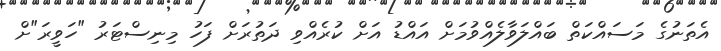
އެތަނުގެ މަސައްކަތް ބައްލަވާލެއްވުމަށް އައްޑު އަށް ކުރެއްވި ދަތުރަށް ފަހު މިނިސްޓަރު "ހަވީރަ"ށް